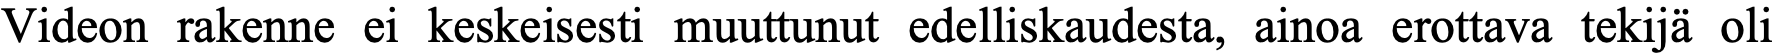
Videon rakenne ei keskeisesti muuttunut edelliskaudesta, ainoa erottava tekijä oli